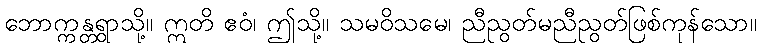
ဘောက္ကန္တရွာသို့။ ဣတိ ဧဝံ၊ ဤသို့။ သမဝိသမေ၊ ညီညွတ်မညီညွတ်ဖြစ်ကုန်သော။